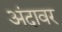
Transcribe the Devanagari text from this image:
अंदावर